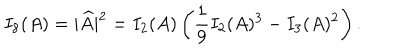
I _ { 8 } ( A ) = | \widehat { A } | ^ { 2 } = I _ { 2 } ( A ) \left( \frac { 1 } { 9 } I _ { 2 } ( A ) ^ { 3 } - I _ { 3 } ( A ) ^ { 2 } \right) .